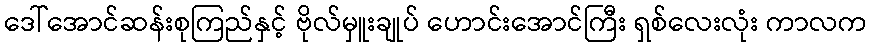
ဒေါ်အောင်ဆန်းစုကြည်နှင့် ဗိုလ်မှူးချုပ် ဟောင်းအောင်ကြီး ရှစ်လေးလုံး ကာလက